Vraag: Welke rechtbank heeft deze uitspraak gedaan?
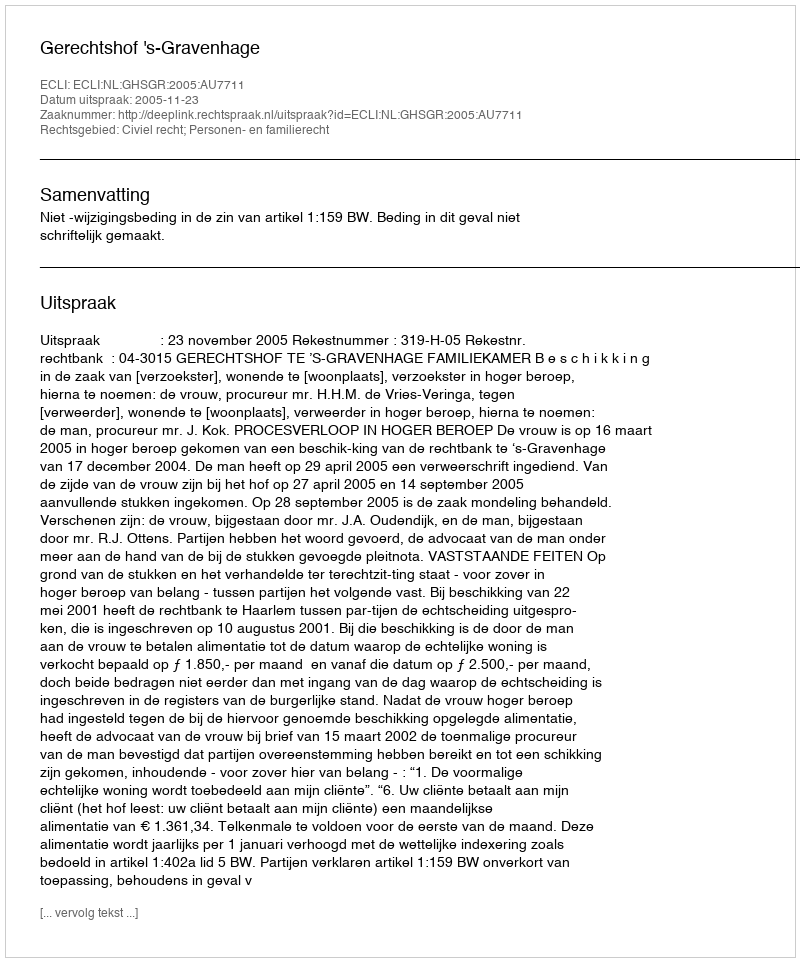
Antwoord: Gerechtshof 's-Gravenhage